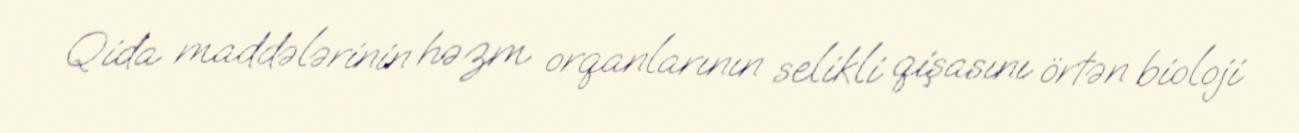
Qida maddələrinin həzm orqanlarının selikli qişasını örtən bioloji